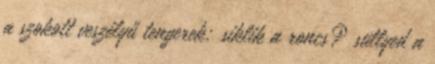
a szokott veszélyű tengerek; siklik a roncs? süllyed a